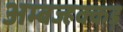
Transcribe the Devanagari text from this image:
अम्बज्हक्कड़